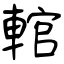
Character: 輨